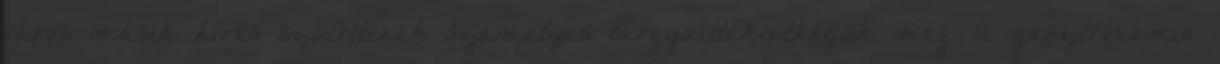
város másik híres szülöttének személyes tárgyaittekinthetjük meg. A gasztronómia